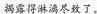
揭露得淋漓尽致了。